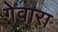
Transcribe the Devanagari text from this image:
गेवारा